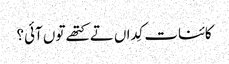
کائنات کِداں تے کتھے تو‏ں آئی؟